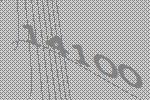
14100